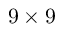
9 \times 9